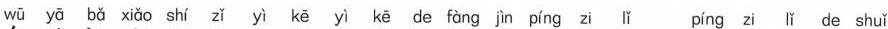
wū yā bǎ xiǎo shí zǐ yì kē yì kē de fàng jìn píng zi lǐ píng zi lǐ de shuǐ